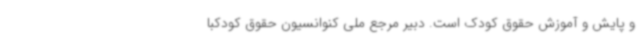
و پایش و آموزش حقوق کودک است. دبیر مرجع ملی کنوانسیون حقوق کودکبا